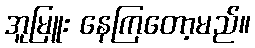
အူမြူး နေကြတော့မည်။